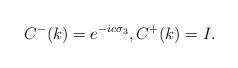
LaTeX: \begin{align*}C^-(k)=e^{- i c \sigma_3}, C^+(k)={I}.\end{align*}